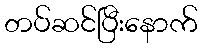
တပ်ဆင်ပြီးနောက်